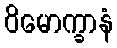
ဝိမောက္ခာနံ